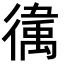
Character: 𫹥